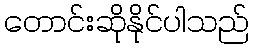
တောင်းဆိုနိုင်ပါသည်